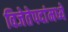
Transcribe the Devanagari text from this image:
विजेतेपदांमध्ये